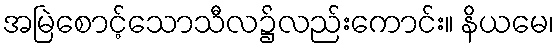
အမြဲစောင့်သောသီလ၌လည်းကောင်း။ နိယမေ၊